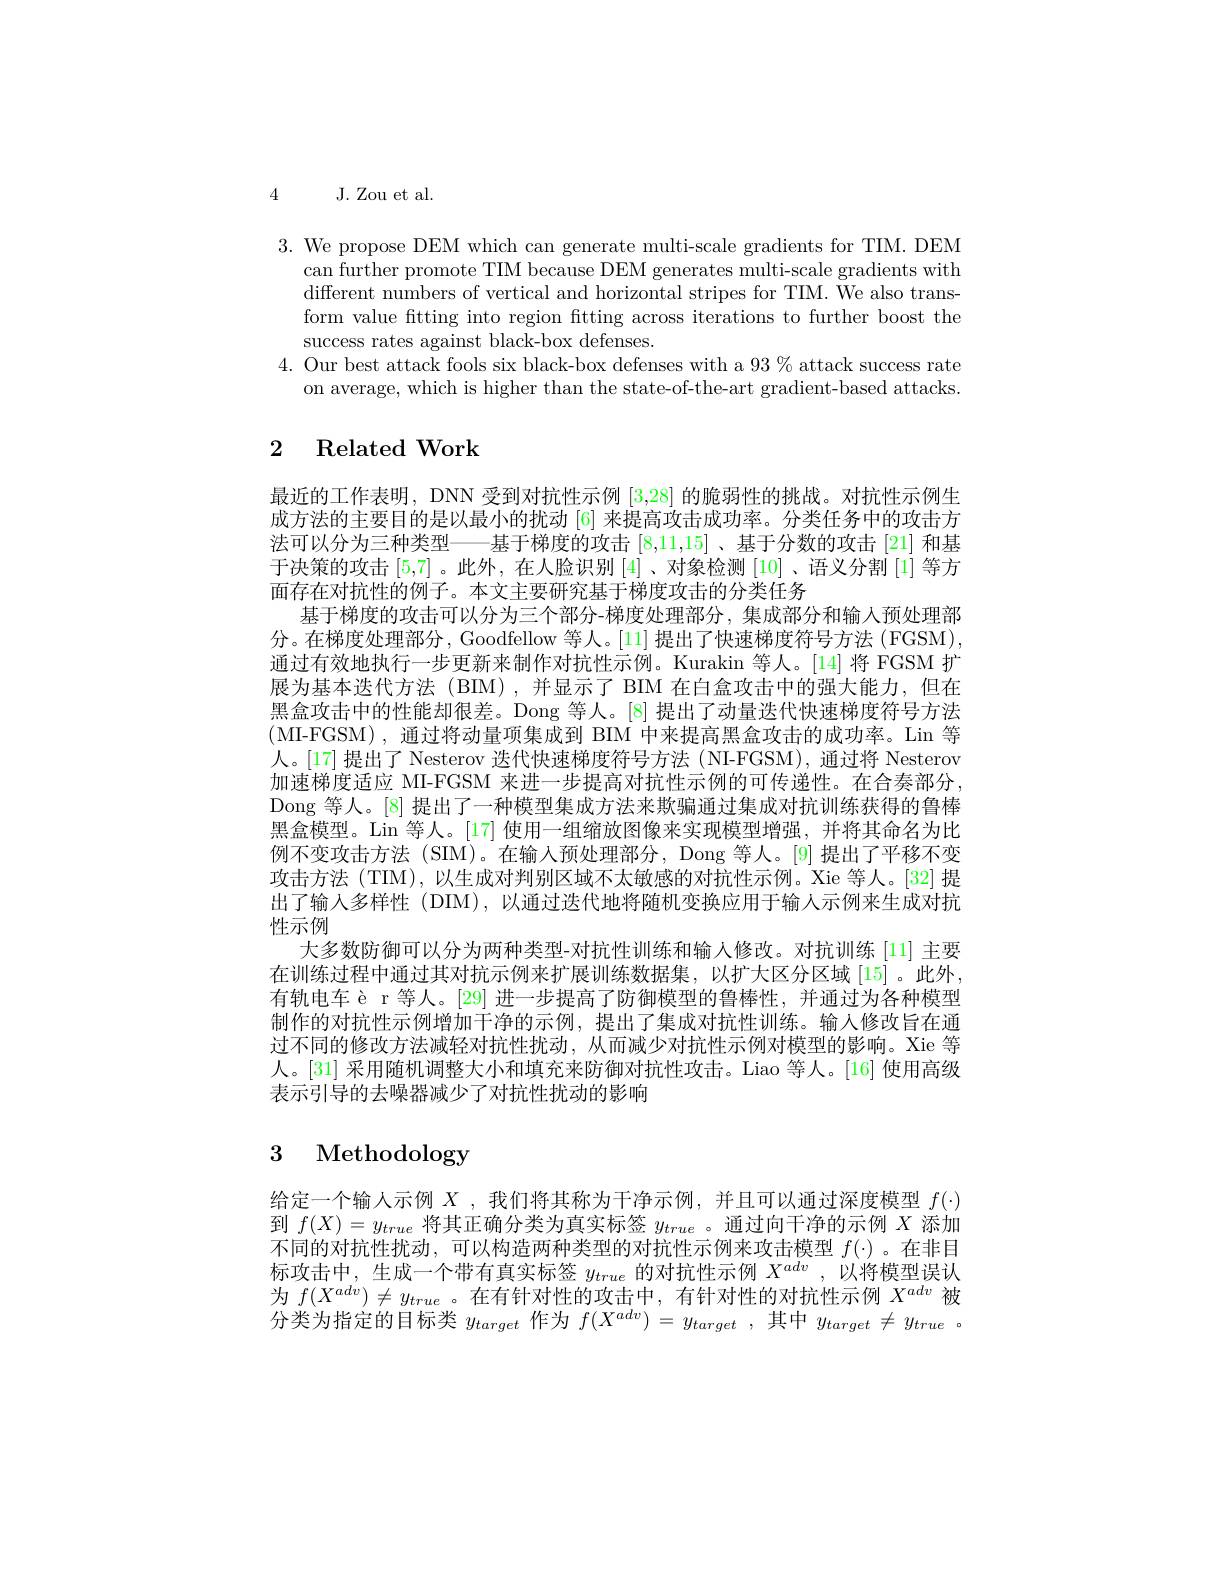
4

J. Zou et al.

3. We propose DEM which can generate multi-scale gradients for TIM. DEM
can further promote TIM because DEM generates multi-scale gradients with different numbers of vertical and horizontal stripes for TIM. We also transform value fitting into region fitting across iterations to further boost the success rates against black-box defenses.
4. Our best attack fools six black-box defenses with a 93% attack success rate
on average, which is higher than the state-of-the-art gradient-based attacks

# 2 Related Work

最近的工作表明，DNN 受到对抗性示例[3,28]的脆弱性的挑战。对抗性示例生成方法的主要目的是以最小的扰动[6] 来提高攻击成功率。分类任务中的攻击方法可以分为三种类型——基于梯度的攻击[8,11,15]、基于分数的攻击 [21] 和基于决策的攻击[5,7] 。此外 ,在人脸识别[4] 、对象检测[10] 、语义分割 [1] 等方面存在对抗性的例子。本文主要研究基于梯度攻击的分类任务
基于梯度的攻击可以分为三个部分-梯度处理部分，集成部分和输入预处理部分。在梯度处理部分，Goodfellow 等人。[11] 提出了快速梯度符号方法 (FGSM), 通过有效地执行一步更新来制作对抗性示例。Kurakin 等人。[14]将 FGSM 扩展为基本迭代方法(BM),并显示了 BIM 在白盒攻击中的强大能力，但在黑盒攻击中的性能却很差。Dong 等人。[8] 提出了动量迭代快速梯度符号方法(MI-FGSM),通过将动量项集成到 BIM 中来提高黑盒攻击的成功率。Lin 等人。[17] 提出了 Nesterov 迭代快速梯度符号方法 ( NI-FGSM), 通过将 Nesterov 加速梯度适应 MI-FGSM 来进一步提高对抗性示例的可传递性。在合奏部分， Dong 等人。[8] 提出了一种模型集成方法来欺骗通过集成对抗训练获得的鲁棒黑盒模型。Lin 等人。[17] 使用一组缩放图像来实现模型增强，并将其命名为比例不变攻击方法 (SIM)。在输人预处理部分，Dong 等人。[9] 提出了平移不变攻击方法(TIM),以生成对判别区域不太敏感的对抗性示例。Xie 等人。[32] 提出了输入多样性 (DIM),以通过迭代地将随机变换应用于输人示例来生成对抗性示例
大多数防御可以分为两种类型-对抗性训练和输人修改。对抗训练[11] 主要在训练过程中通过其对抗示例来扩展训练数据集，以扩大区分区域 [15]。此外有轨电车 è r 等人。[29] 进一步提高了防御模型的鲁棒性，并通过为各种模型制作的对抗性示例增加干净的示例，提出了集成对抗性训练。输入修改旨在通过不同的修改方法减轻对抗性扰动，从而减少对抗性示例对模型的影响。Xie 等人。[31] 采用随机调整大小和填充来防御对抗性攻击。Liao 等人。[16] 使用高级表示引导的去噪器减少了对抗性扰动的影响

# 3 Methodology

给定一个输人示例$X$ ,我们将其称为干净示例，并且可以通过深度模型$f(\cdot)$ 到$f(X)=y_{true}$将其正确分类为真实标签$y_true$ 。通过向干净的示例$X$添加不同的对抗性扰动，可以构造两种类型的对抗性示例来攻击模型$f(\cdot)$ 。在非目标攻击中，生成一个带有真实标签$y_true$的对抗性示例$X^{adv}$,以将模型误认为$f(X^{adv})\neq y_{true}$ 。在有针对性的攻击中，有针对性的对抗性示例$X^{adv}$被分类为指定的目标类$y_target$作为$f(X^{adv})=y_{target}$,其中$y_target\neq y_{true}$